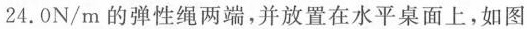
\frac { 2 4 . 0 N } { m }$$的弹性绳两端，并放置在水平桌面上，如图